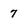
Character: 7